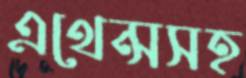
এথেন্সসহ